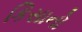
કિસાનો